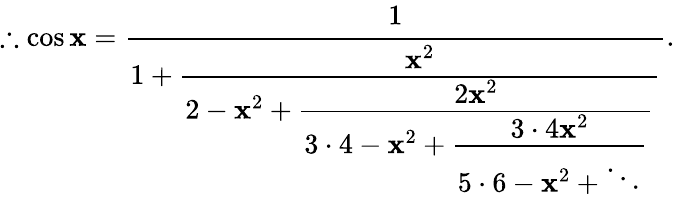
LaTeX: \therefore\cos\mathbf{x}={\cfrac{1}{1+{\cfrac{\mathbf{x}^{2}}{2-\mathbf{x}^{2}+{\cfrac{2\mathbf{x}^{2}}{3\cdot4-\mathbf{x}^{2}+{\cfrac{3\cdot4\mathbf{x}^{2}}{5\cdot6-\mathbf{x}^{2}+\ddots}}}}}}}}.